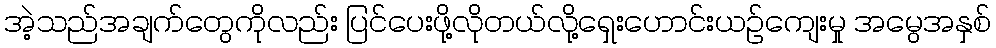
အဲ့သည်အချက်တွေကိုလည်း ပြင်ပေးဖို့လိုတယ်လို့ရှေးဟောင်းယဉ်ကျေးမှု အမွေအနှစ်